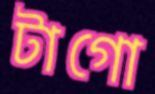
টাগো